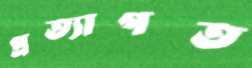
প্রত্যাগত